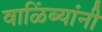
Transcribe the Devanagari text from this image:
वाळिंब्यांनी